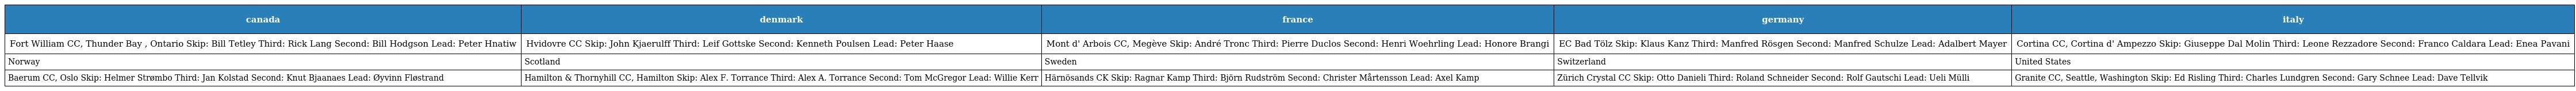
| canada | denmark | france | germany | italy |
 | --- | --- | --- | --- | --- |
 | Fort William CC, Thunder Bay , Ontario Skip: Bill Tetley Third: Rick Lang Second: Bill Hodgson Lead: Peter Hnatiw | Hvidovre CC Skip: John Kjaerulff Third: Leif Gottske Second: Kenneth Poulsen Lead: Peter Haase | Mont d' Arbois CC, Megève Skip: André Tronc Third: Pierre Duclos Second: Henri Woehrling Lead: Honore Brangi | EC Bad Tölz Skip: Klaus Kanz Third: Manfred Rösgen Second: Manfred Schulze Lead: Adalbert Mayer | Cortina CC, Cortina d' Ampezzo Skip: Giuseppe Dal Molin Third: Leone Rezzadore Second: Franco Caldara Lead: Enea Pavani |
 | Norway | Scotland | Sweden | Switzerland | United States |
 | Baerum CC, Oslo Skip: Helmer Strømbo Third: Jan Kolstad Second: Knut Bjaanaes Lead: Øyvinn Fløstrand | Hamilton & Thornyhill CC, Hamilton Skip: Alex F. Torrance Third: Alex A. Torrance Second: Tom McGregor Lead: Willie Kerr | Härnösands CK Skip: Ragnar Kamp Third: Björn Rudström Second: Christer Mårtensson Lead: Axel Kamp | Zürich Crystal CC Skip: Otto Danieli Third: Roland Schneider Second: Rolf Gautschi Lead: Ueli Mülli | Granite CC, Seattle, Washington Skip: Ed Risling Third: Charles Lundgren Second: Gary Schnee Lead: Dave Tellvik |